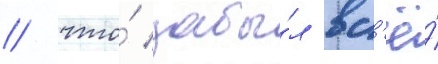
/ что́ забы́л вс'ё́